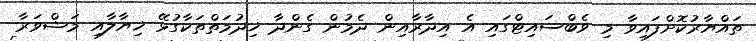
ތައްޔާރުކޮށްފައިވާ މި ވެބްސައިޓްގައި އެ އިދާރާއިން ދެމުން ގެންދާ ޚިދުމަތްތަކާގުޅޭ ޚިޔާލާއި މަޝްވަރާ